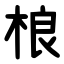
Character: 桹